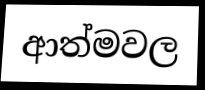
ආත්මවල